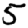
Digit: 5